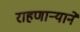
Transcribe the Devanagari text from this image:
राहणार्‍याने